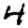
Digit: 4